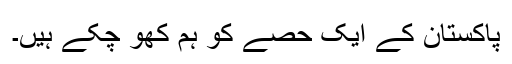
پاکستان کے ایک حصے کو ہم کھو چکے ہیں۔